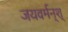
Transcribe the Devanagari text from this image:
जयवर्मन्‌श्